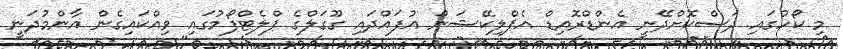
މި ކޯހުގައި ދަސްކޮށްދޭނީ އެންޑްރޮއިޑް އެޕްލިކޭޝަން އުފައްދައި ގޫގަލްގެ ޕްލެޓްފޯމުގައި ވިއްކައިގެން އާންމުދަނީ